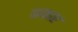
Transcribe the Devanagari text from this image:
ककाए